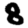
Digit: 8